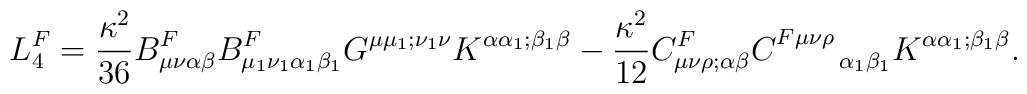
L^F_4=\frac{\kappa^2}{36}B^F_{\mu\nu\alpha\beta}B^{F}_{\mu_1\nu_1\alpha_1\beta_1} G^{\mu\mu_1;\nu_1\nu}K^{\alpha\alpha_1;\beta_1\beta}-\frac{\kappa^2}{12}C^F_{\mu\nu\rho;\alpha\beta}C^{F\mu\nu\rho}_{~~~~~~\alpha_1\beta_1}K^{\alpha\alpha_1;\beta_1\beta}.